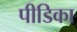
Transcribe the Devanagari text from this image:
पीडिका